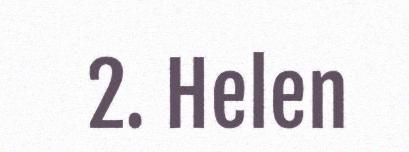
2. Helen